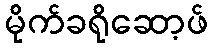
မိုက်ခရိုဆော့ဖ်